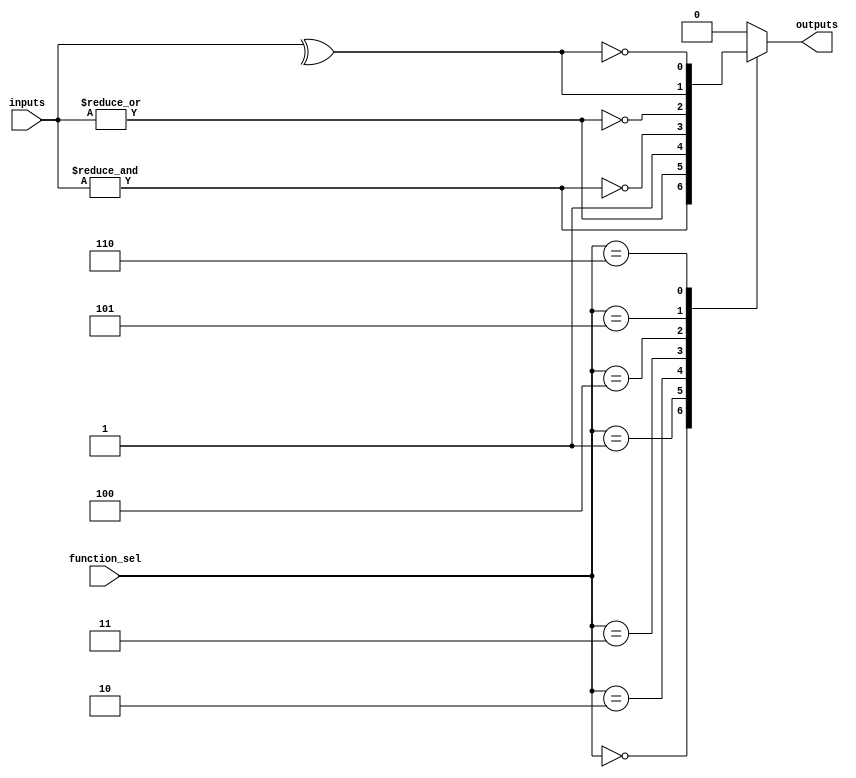
module CombinationalLogicBlock #(
    parameter N = 4, // Number of inputs
    parameter M = 1   // Number of outputs
)(
    input  [N-1:0]  inputs,       // N-bit input
    input  [2:0]    function_sel,  // Function select lines
    output reg [M-1:0] outputs     // M-bit output
);

// Function selection constants
localparam AND_FUNC = 3'b000;
localparam OR_FUNC  = 3'b001;
localparam NOT_FUNC = 3'b010;
localparam NAND_FUNC= 3'b011;
localparam NOR_FUNC = 3'b100;
localparam XOR_FUNC = 3'b101;
localparam XNOR_FUNC= 3'b110;

always @(*) begin
    case (function_sel)
        AND_FUNC: begin
            outputs = &inputs; // AND operation
        end
        OR_FUNC: begin
            outputs = |inputs; // OR operation
        end
        NOT_FUNC: begin
            if (N == 1) begin
                outputs = ~inputs[0]; // NOT operation (only valid if N=1)
            end else begin
                outputs = {N{1'b1}}; // Invalid NOT for N > 1, can output all 1s or error
            end
        end
        NAND_FUNC: begin
            outputs = ~(&inputs); // NAND operation
        end
        NOR_FUNC: begin
            outputs = ~( |inputs); // NOR operation
        end
        XOR_FUNC: begin
            outputs = ^inputs; // XOR operation
        end
        XNOR_FUNC: begin
            outputs = ~(^inputs); // XNOR operation
        end
        default: begin
            outputs = {M{1'b0}}; // Default case
        end
    endcase
end

endmodule